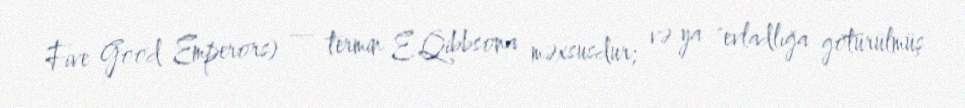
Five Good Emperors) — termin E.Qibbsona məxsusdur; və ya "evladlığa götürülmüş